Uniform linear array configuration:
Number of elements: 12
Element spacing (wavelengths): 0.75
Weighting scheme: binomial
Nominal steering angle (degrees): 15
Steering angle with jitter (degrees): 13.727
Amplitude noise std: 0.05
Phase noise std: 0.05

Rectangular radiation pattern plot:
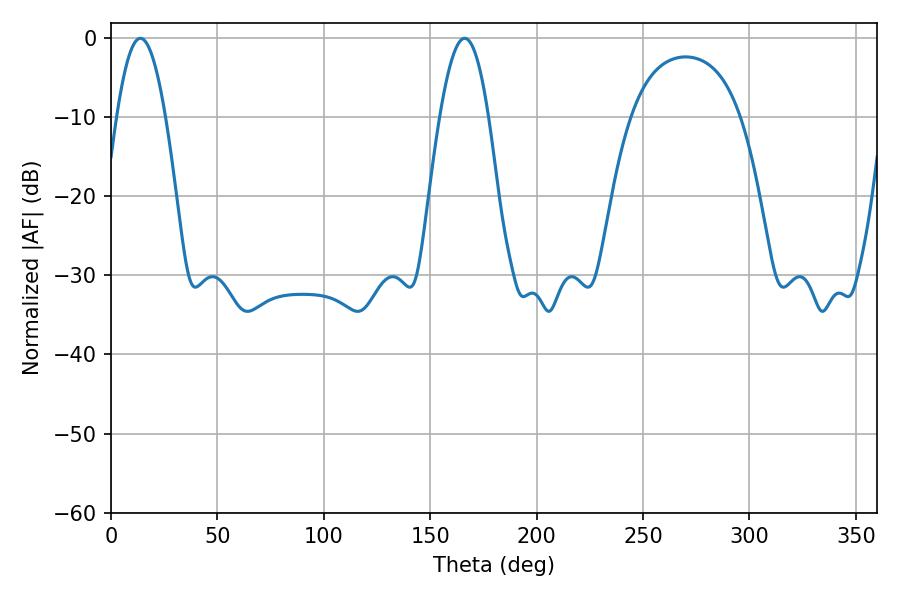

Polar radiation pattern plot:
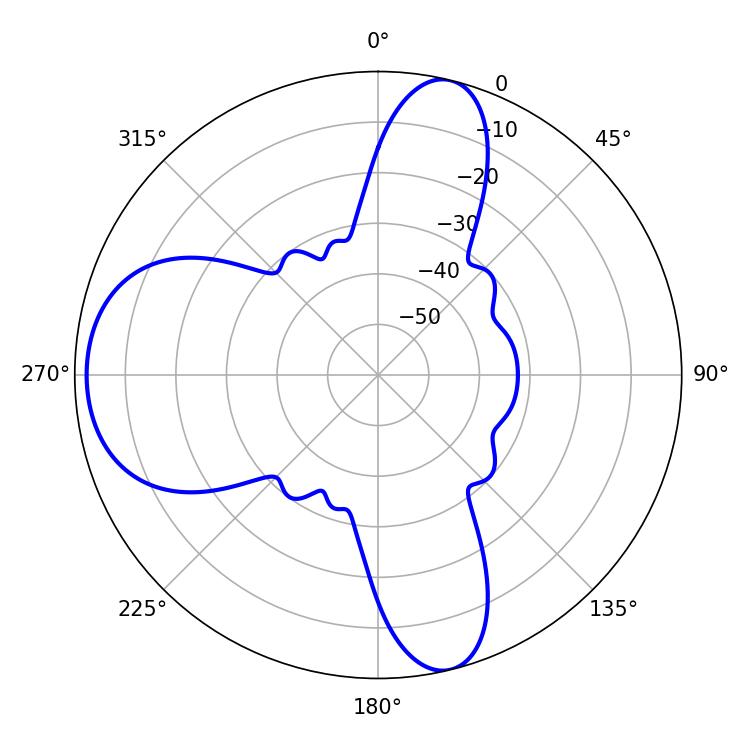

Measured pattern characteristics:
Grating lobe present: TRUE
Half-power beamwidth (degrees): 12.42
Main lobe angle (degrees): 13.86